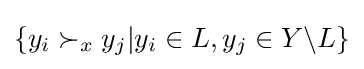
\{y_{i}\succ _{x}y_{j}|y_{i}\in L,y_{j}\in Y\backslash L\}\,\!